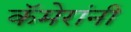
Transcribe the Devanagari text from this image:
कॅमेरांनी